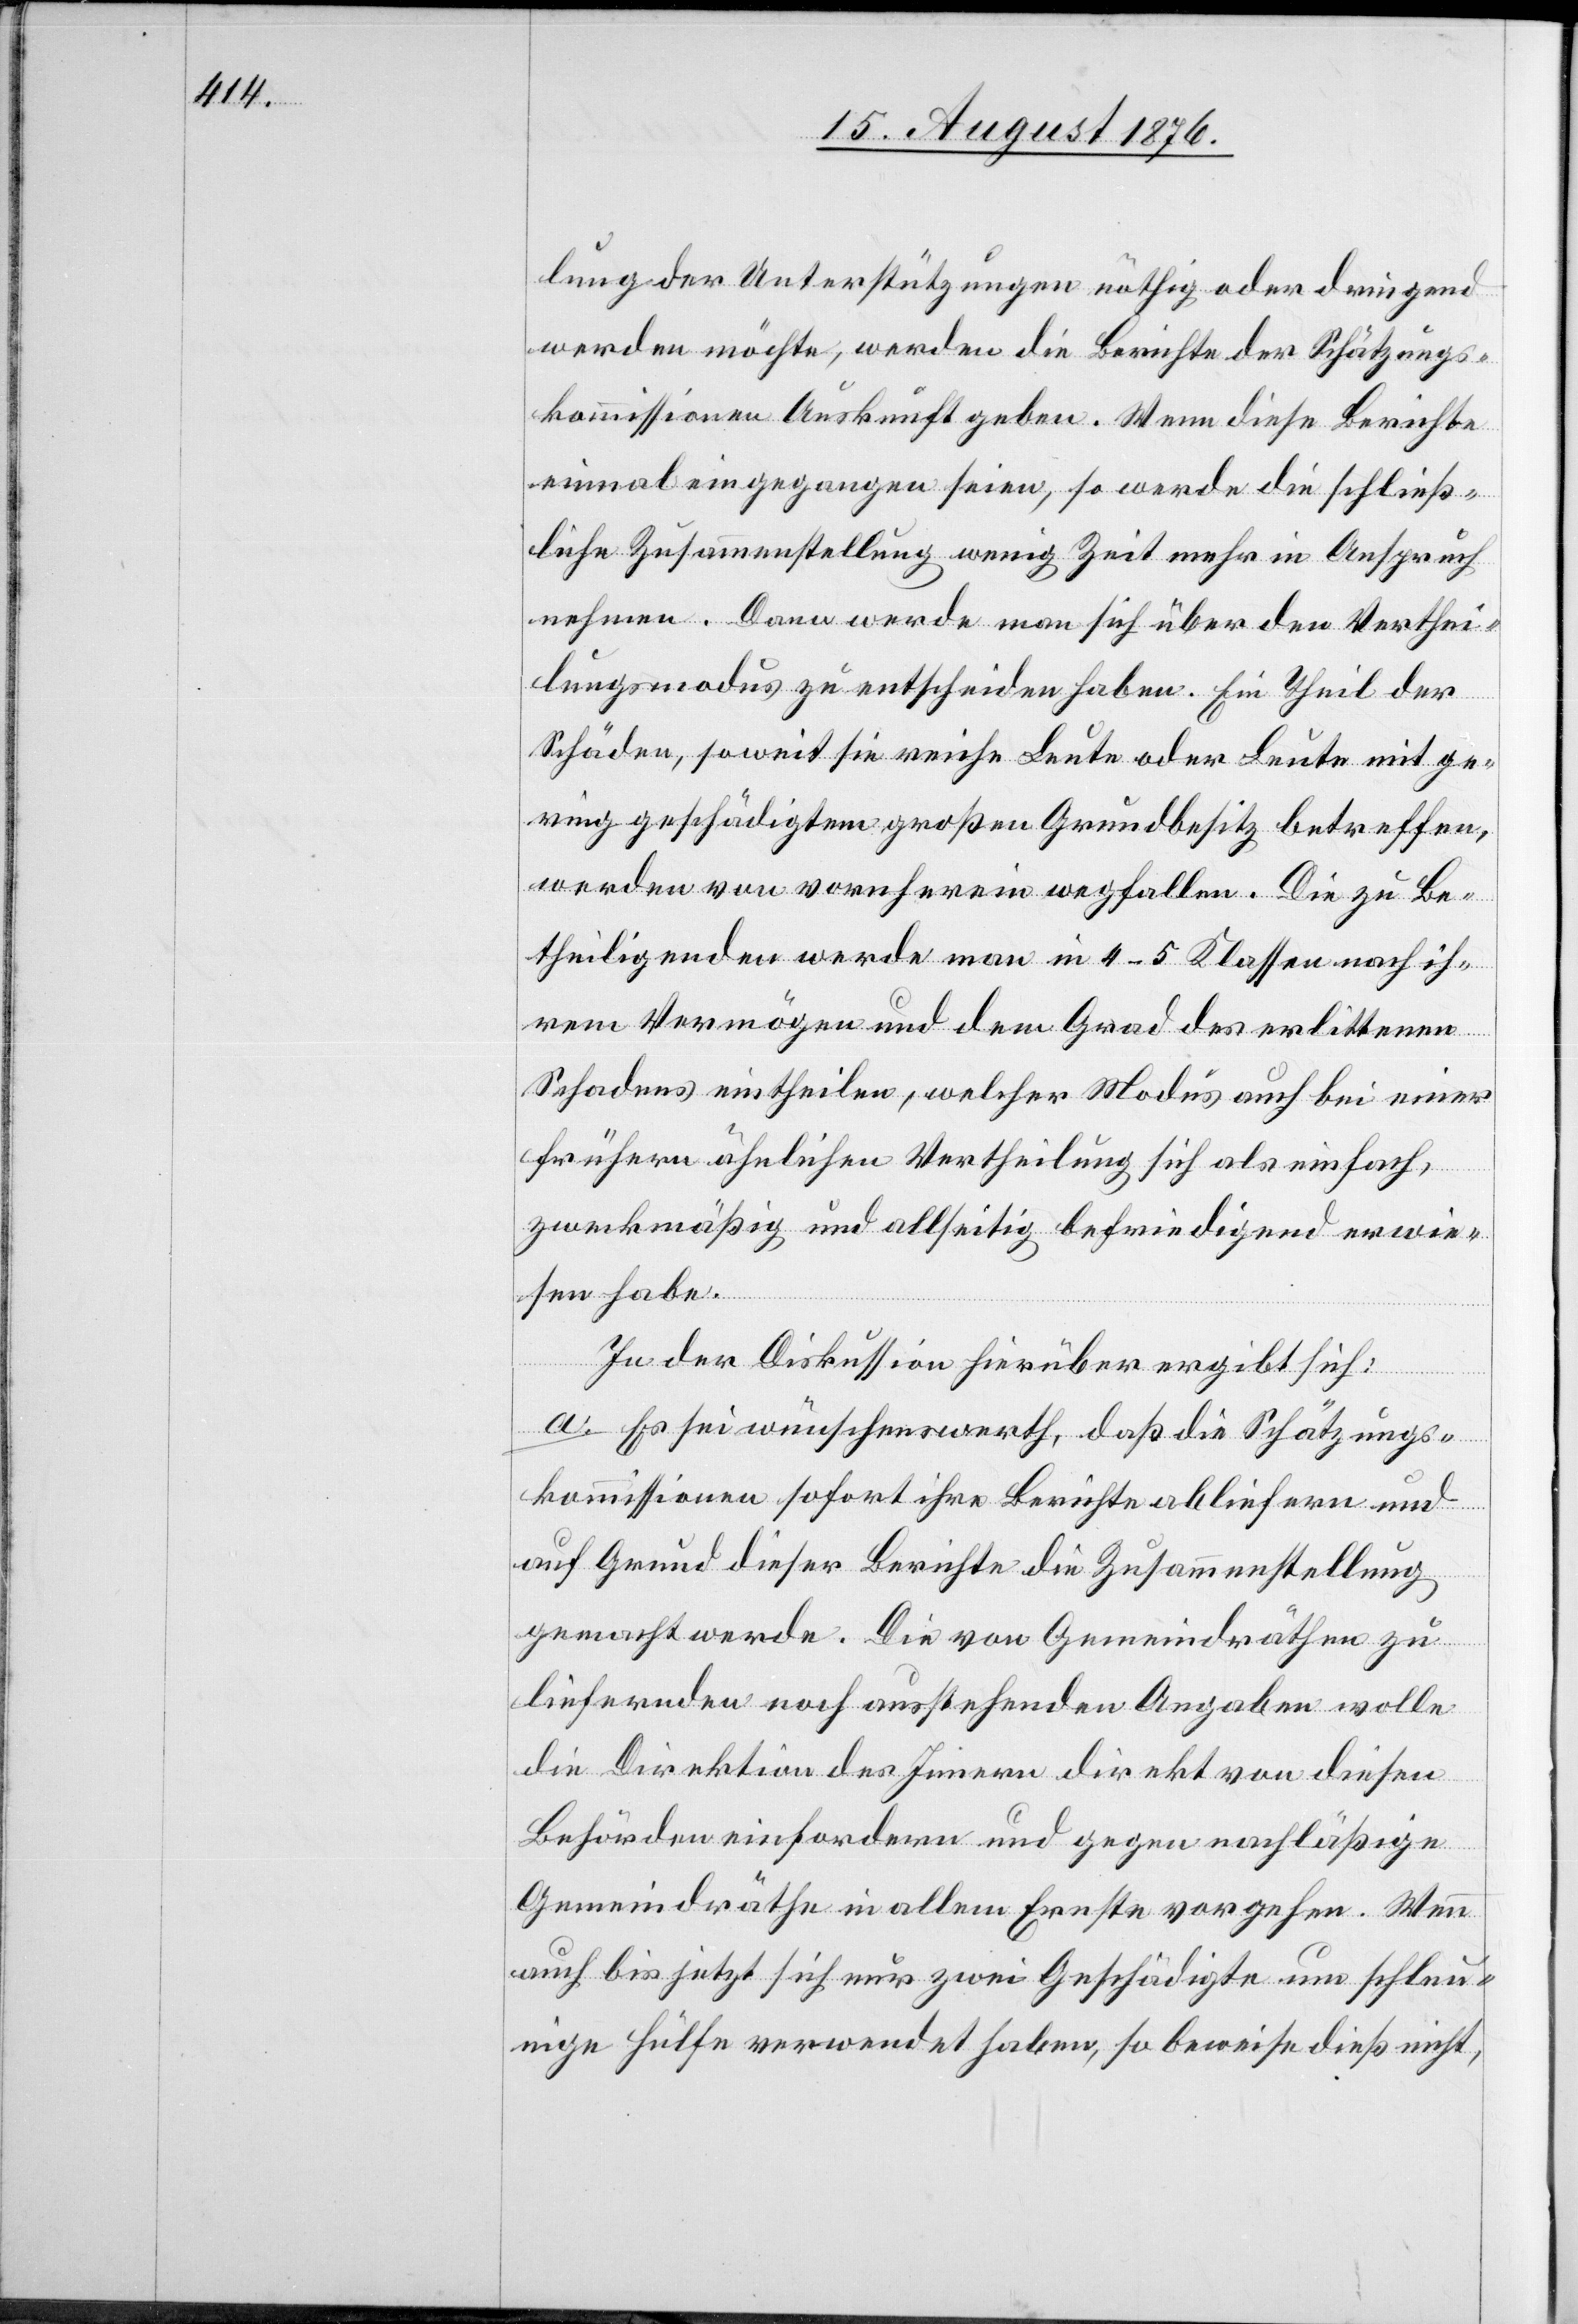
lung der Unterstützungen nöthig oder dringend
werden möchte, werden die Berichte der Schätzungs¬
kommissionen Auskunft geben. Wenn diese Berichte
einmal eingegangen seien, so werde die schließ¬
liche Zusammenstellung wenig Zeit mehr in Anspruch
nehmen, Dann werde man sich über den Verthei¬
lungsmodus zu entscheiden haben. Ein Theil der
Schäden, soweit sie reiche Leute oder Leute mit ge¬
ring geschädigtem großem Grundbesitz betreffen,
werden von vornherein wegfallen. Die zu Be¬
theiligenden werde man in 4–5 Klassen nach ih¬
rem Vermögen und dem Grad der erlittenen
Schadens eintheilen, welche Modus auch bei einer
frühern ähnlichen Vertheilung sich als einfach,
zweckmäßig und allseitig befriedigend erwie¬
sen habe.
In der Diskussion hierüber ergibt sich:
a. Es sei wünschenswerth, daß die Schätzungs¬
kommissionen sofort ihre Berichte abliefern und
auf Grund dieser Berichte die Zusammenstellung
gemacht werde. Die von den Gemeindräthen zu
liefernden noch ausstehenden Angaben wolle
die Direktion des Innern direkt von diesen
Behörden einfordern und gegen nachläßige
Gemeindräthe in allem Ernste vorgehen. Wenn
auch bis jetzt sich nur zwei Geschädigte um schleu¬
nige Hülfe verwendet haben, so beweise dieß nicht,